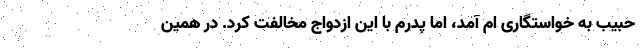
حبیب به خواستگاری ام آمد، اما پدرم با این ازدواج مخالفت کرد. در همین